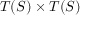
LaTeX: T ( S ) \times T ( S )